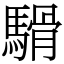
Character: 䮩